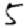
Digit: 5